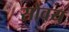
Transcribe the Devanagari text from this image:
सोवय